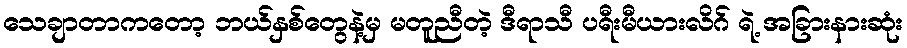
သေချာတာကတော့ ဘယ်နှစ်တွေနဲ့မှ မတူညီတဲ့ ဒီရာသီ ပရီးမီယားလိဂ် ရဲ့ အခြားနားဆုံး